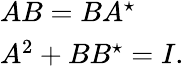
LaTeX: \begin{array}{l}{{AB=BA^{\star}}}\\ {{A^{2}+BB^{\star}=I.}}\end{array}